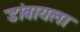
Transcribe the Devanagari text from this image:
डांबायला